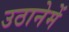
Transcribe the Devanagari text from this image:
उठानेमें